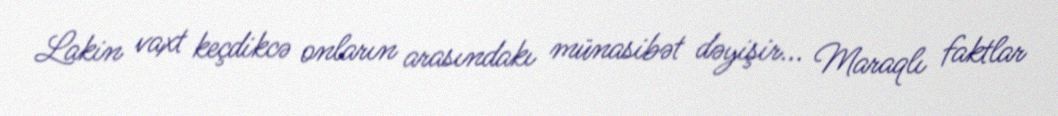
Lakin vaxt keçdikcə onların arasındakı münasibət dəyişir... Maraqlı faktlar